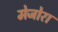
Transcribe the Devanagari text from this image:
मेजोरा